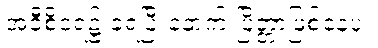
အဝီစိငရဲ၌ ခံရပြီးနောက် ပြိတ္တာဖြစ်နေပုံ။